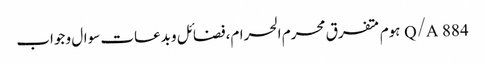
Q/A	884	ہوم متفرق محرم الحرام،فضائل و بدعات سوال و جواب